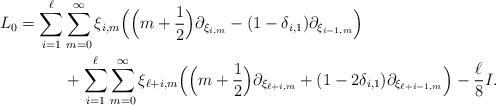
LaTeX: \begin{align*}L_0 = \sum_{i=1}^\ell & \sum_{m=0}^\infty \xi_{i,m}\Big(\Big(m+\frac{1}{2}\Big)\partial_{\xi_{i,m}}-(1-\delta_{i,1})\partial_{\xi_{i-1,m}}\Big)\\ &+\sum_{i=1}^\ell\sum_{m=0}^\infty\xi_{\ell+i,m}\Big(\Big(m+\frac{1}{2}\Big)\partial_{\xi_{\ell+i,m}}+(1-2\delta_{i,1})\partial_{\xi_{\ell+i-1,m}}\Big) -\frac{\ell}{8}I.\end{align*}